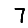
Digit: 7